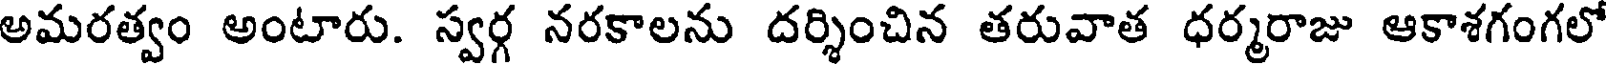
అమరత్వం అంటారు. స్వర్గ నరకాలను దర్శించిన తరువాత ధర్మరాజు ఆకాశగంగలో